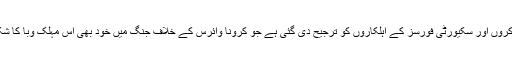
منتخب سعودی شہریوں میں محکمہ صحت کے ان ورکروں اور سکیورٹی فورسز کے اہلکاروں کو ترجیح دی گئی ہے جو کرونا وائرس کے خلاف جنگ میں خود بھی اس مہلک وَبا کا شکار ہوگئے تھے مگر بعد میں صحت یاب ہوچکے ہیں۔